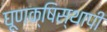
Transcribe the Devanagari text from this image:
घूणक्षिस्थापी